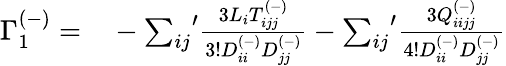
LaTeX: \begin{array}{rl}{\Gamma_{1}^{(-)}=}&{{}-{\sum_{ij}}^{\prime}\frac{3L_{i}T_{ijj}^{(-)}}{3!D_{ii}^{(-)}D_{jj}^{(-)}}-{\sum_{ij}}^{\prime}\frac{3Q_{iijj}^{(-)}}{4!D_{ii}^{(-)}D_{jj}^{(-)}}}\end{array}